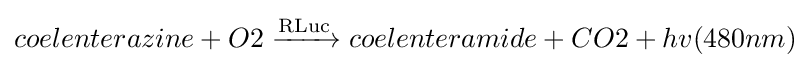
coelenterazine+O2{\ce {->[{\ce {RLuc}}]}}coelenteramide+CO2+hv(480nm)